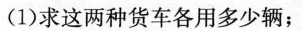
(1)求这两种货车各用多少辆；